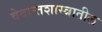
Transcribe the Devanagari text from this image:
वेदान्तशास्त्रातील